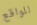
للواقع